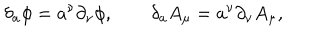
LaTeX: \delta _ { a } \phi = a ^ { \nu } \partial _ { \nu } \phi , \qquad \delta _ { a } A _ { \mu } = a ^ { \nu } \partial _ { \nu } A _ { \mu } ,